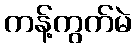
ကန့်ကွက်မဲ